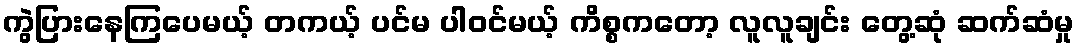
ကွဲပြားနေကြပေမယ့် တကယ့် ပင်မ ပါဝင်မယ့် ကိစ္စကတော့ လူလူချင်း တွေ့ဆုံ ဆက်ဆံမှု